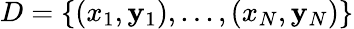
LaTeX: D=\{ (x_{1},\mathbf{y}_{1}),...,(x_{N},\mathbf{y}_{N})\}